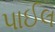
પાઈલ